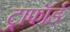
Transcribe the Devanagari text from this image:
ट्राफॉर्ड